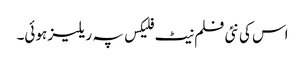
اس کی نئی فلم نیٹ فلیکس پہ ریلیز ہوئی۔